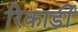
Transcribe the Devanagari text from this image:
रिकार्डी